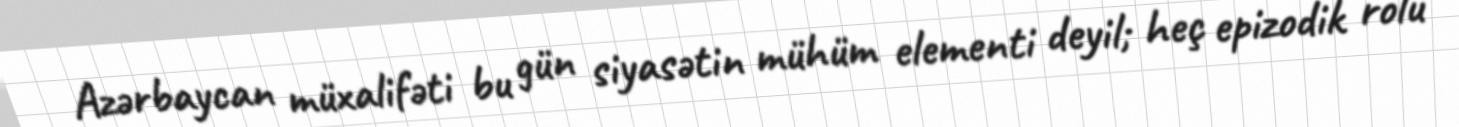
Azərbaycan müxalifəti bu gün siyasətin mühüm elementi deyil; heç epizodik rolu